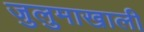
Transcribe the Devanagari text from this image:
जुलुमाखाली